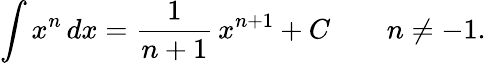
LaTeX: \int x^{n}\, dx={\frac{1}{n+1}}\, x^{n+1}+C\qquad n\neq-1.